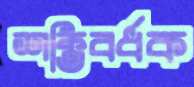
শক্তিবর্ধক